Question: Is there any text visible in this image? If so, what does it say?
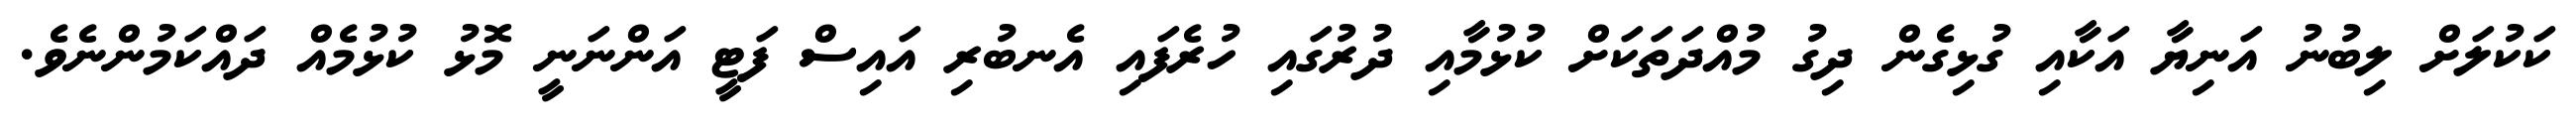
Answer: ކަކުލަށް ލިބުނު އަނިޔާ އަކާއި ގުޅިގެން ދިގު މުއްދަތަކަށް ކުޅުމާއި ދުރުގައި ހުރެފައި އެނބުރި އައިސް ފަޓީ އަންނަނީ މޮޅު ކުޅުމެއް ދައްކަމުންނެވެ.